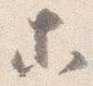
等